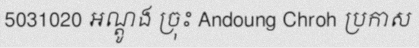
5031020 អណ្តូង ច្រុះ Andoung Chroh ប្រកាស